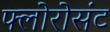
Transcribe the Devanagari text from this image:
फ्लोरोसंट